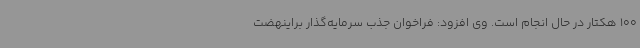
100 هکتار در حال انجام است. وی افزود: فراخوان جذب سرمایه‌گذار براینهضت